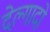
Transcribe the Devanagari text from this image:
देल्गादो